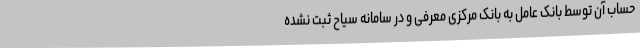
حساب آن توسط بانک عامل به بانک مرکزی معرفی و در سامانه سیاح ثبت نشده